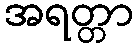
အရတ္တာ